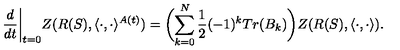
\frac { d } { d t } \biggl | _ { t = 0 } Z ( R ( S ) , \langle \cdot , \cdot \rangle ^ { A ( t ) } ) = \biggl ( \sum _ { k = 0 } ^ { N } \frac { 1 } { 2 } ( - 1 ) ^ { k } T r ( B _ { k } ) \biggr ) Z ( R ( S ) , \langle \cdot , \cdot \rangle ) .